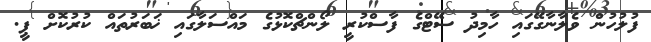
ފުލުހުން ވެލާނާގޭގައި ހާމިދު ސޭޓްގެ ފާސްކުރީ ލޯންޗްކޮޅުގެ މައްސަލާގައި ޚަބަރުތައް ކުރުކޮށް ޕީ.